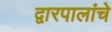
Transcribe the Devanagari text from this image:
द्वारपालांचे